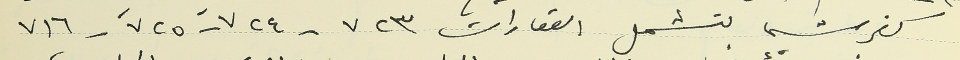
كفرشيما تشمل العقارات ٧٢٣ - ٧٢٤ - ٧٢٥ - ٧١٦